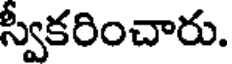
స్వీకరించారు.